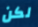
لكن